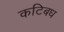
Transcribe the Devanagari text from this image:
कटिबध